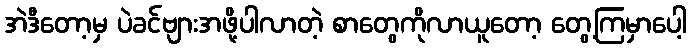
အဲဒီတော့မှ ပဲခင်ဗျားအဖို့ပါလာတဲ့ စာတွေကိုလာယူတော့ တွေ့ကြမှာပေါ့